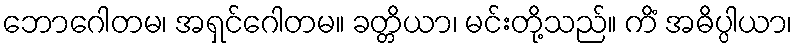
ဘောဂေါတမ၊ အရှင်ဂေါတမ။ ခတ္တိယာ၊ မင်းတို့သည်။ ကိံ အဓိပ္ပါယာ၊